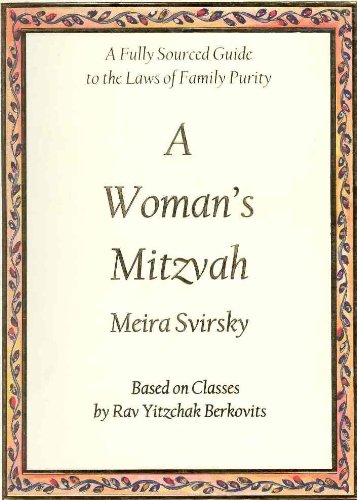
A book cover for A Woman's Mitzvah: A Fully Sourced Guide to the Laws of Family Purity; Meira Svirsky; Religion & Spirituality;